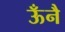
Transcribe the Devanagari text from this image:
ऊँनै